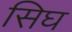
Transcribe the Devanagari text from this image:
सिघ